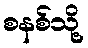
စနစ်သို့